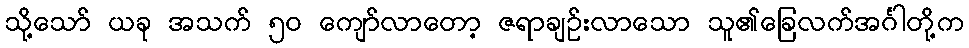
သို့သော် ယခု အသက် ၅၀ ကျော်လာတော့ ဇရာချဉ်းလာသော သူ၏ခြေလက်အင်္ဂါတို့က